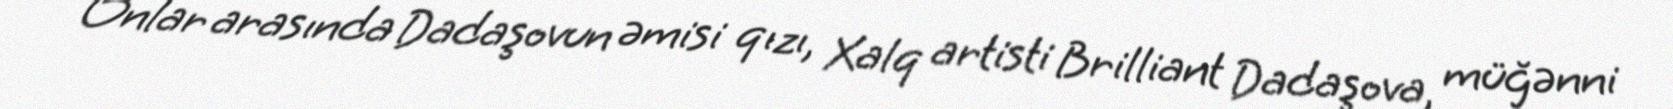
Onlar arasında Dadaşovun əmisi qızı, Xalq artisti Brilliant Dadaşova, müğənni